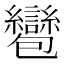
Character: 𧮌